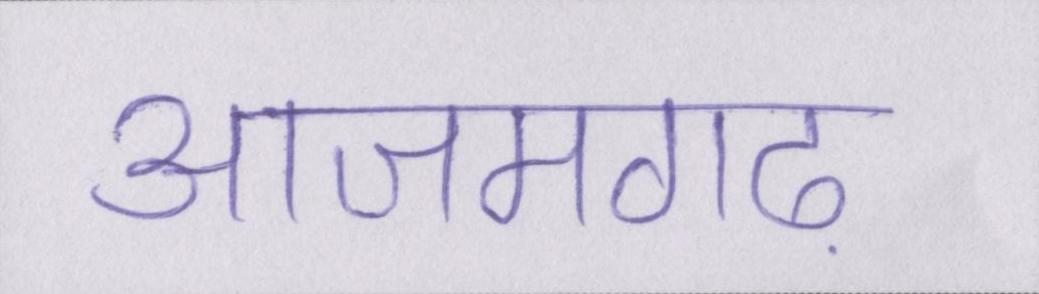
आजमगढ़